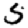
Digit: 5